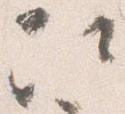
次